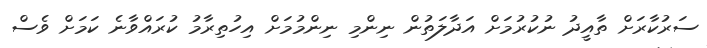
ސަރުކާރަށް ތާއީދު ނުކުރުމަށް އަދާލަތުން ނިންމި ނިންމުމަށް އިހުތިރާމު ކުރައްވާނެ ކަމަށް ވެސް